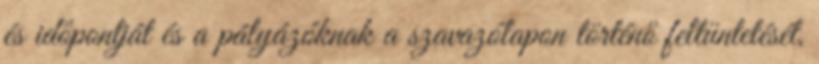
és időpontját és a pályázóknak a szavazólapon történő feltüntetését,